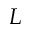
{ \cal L }